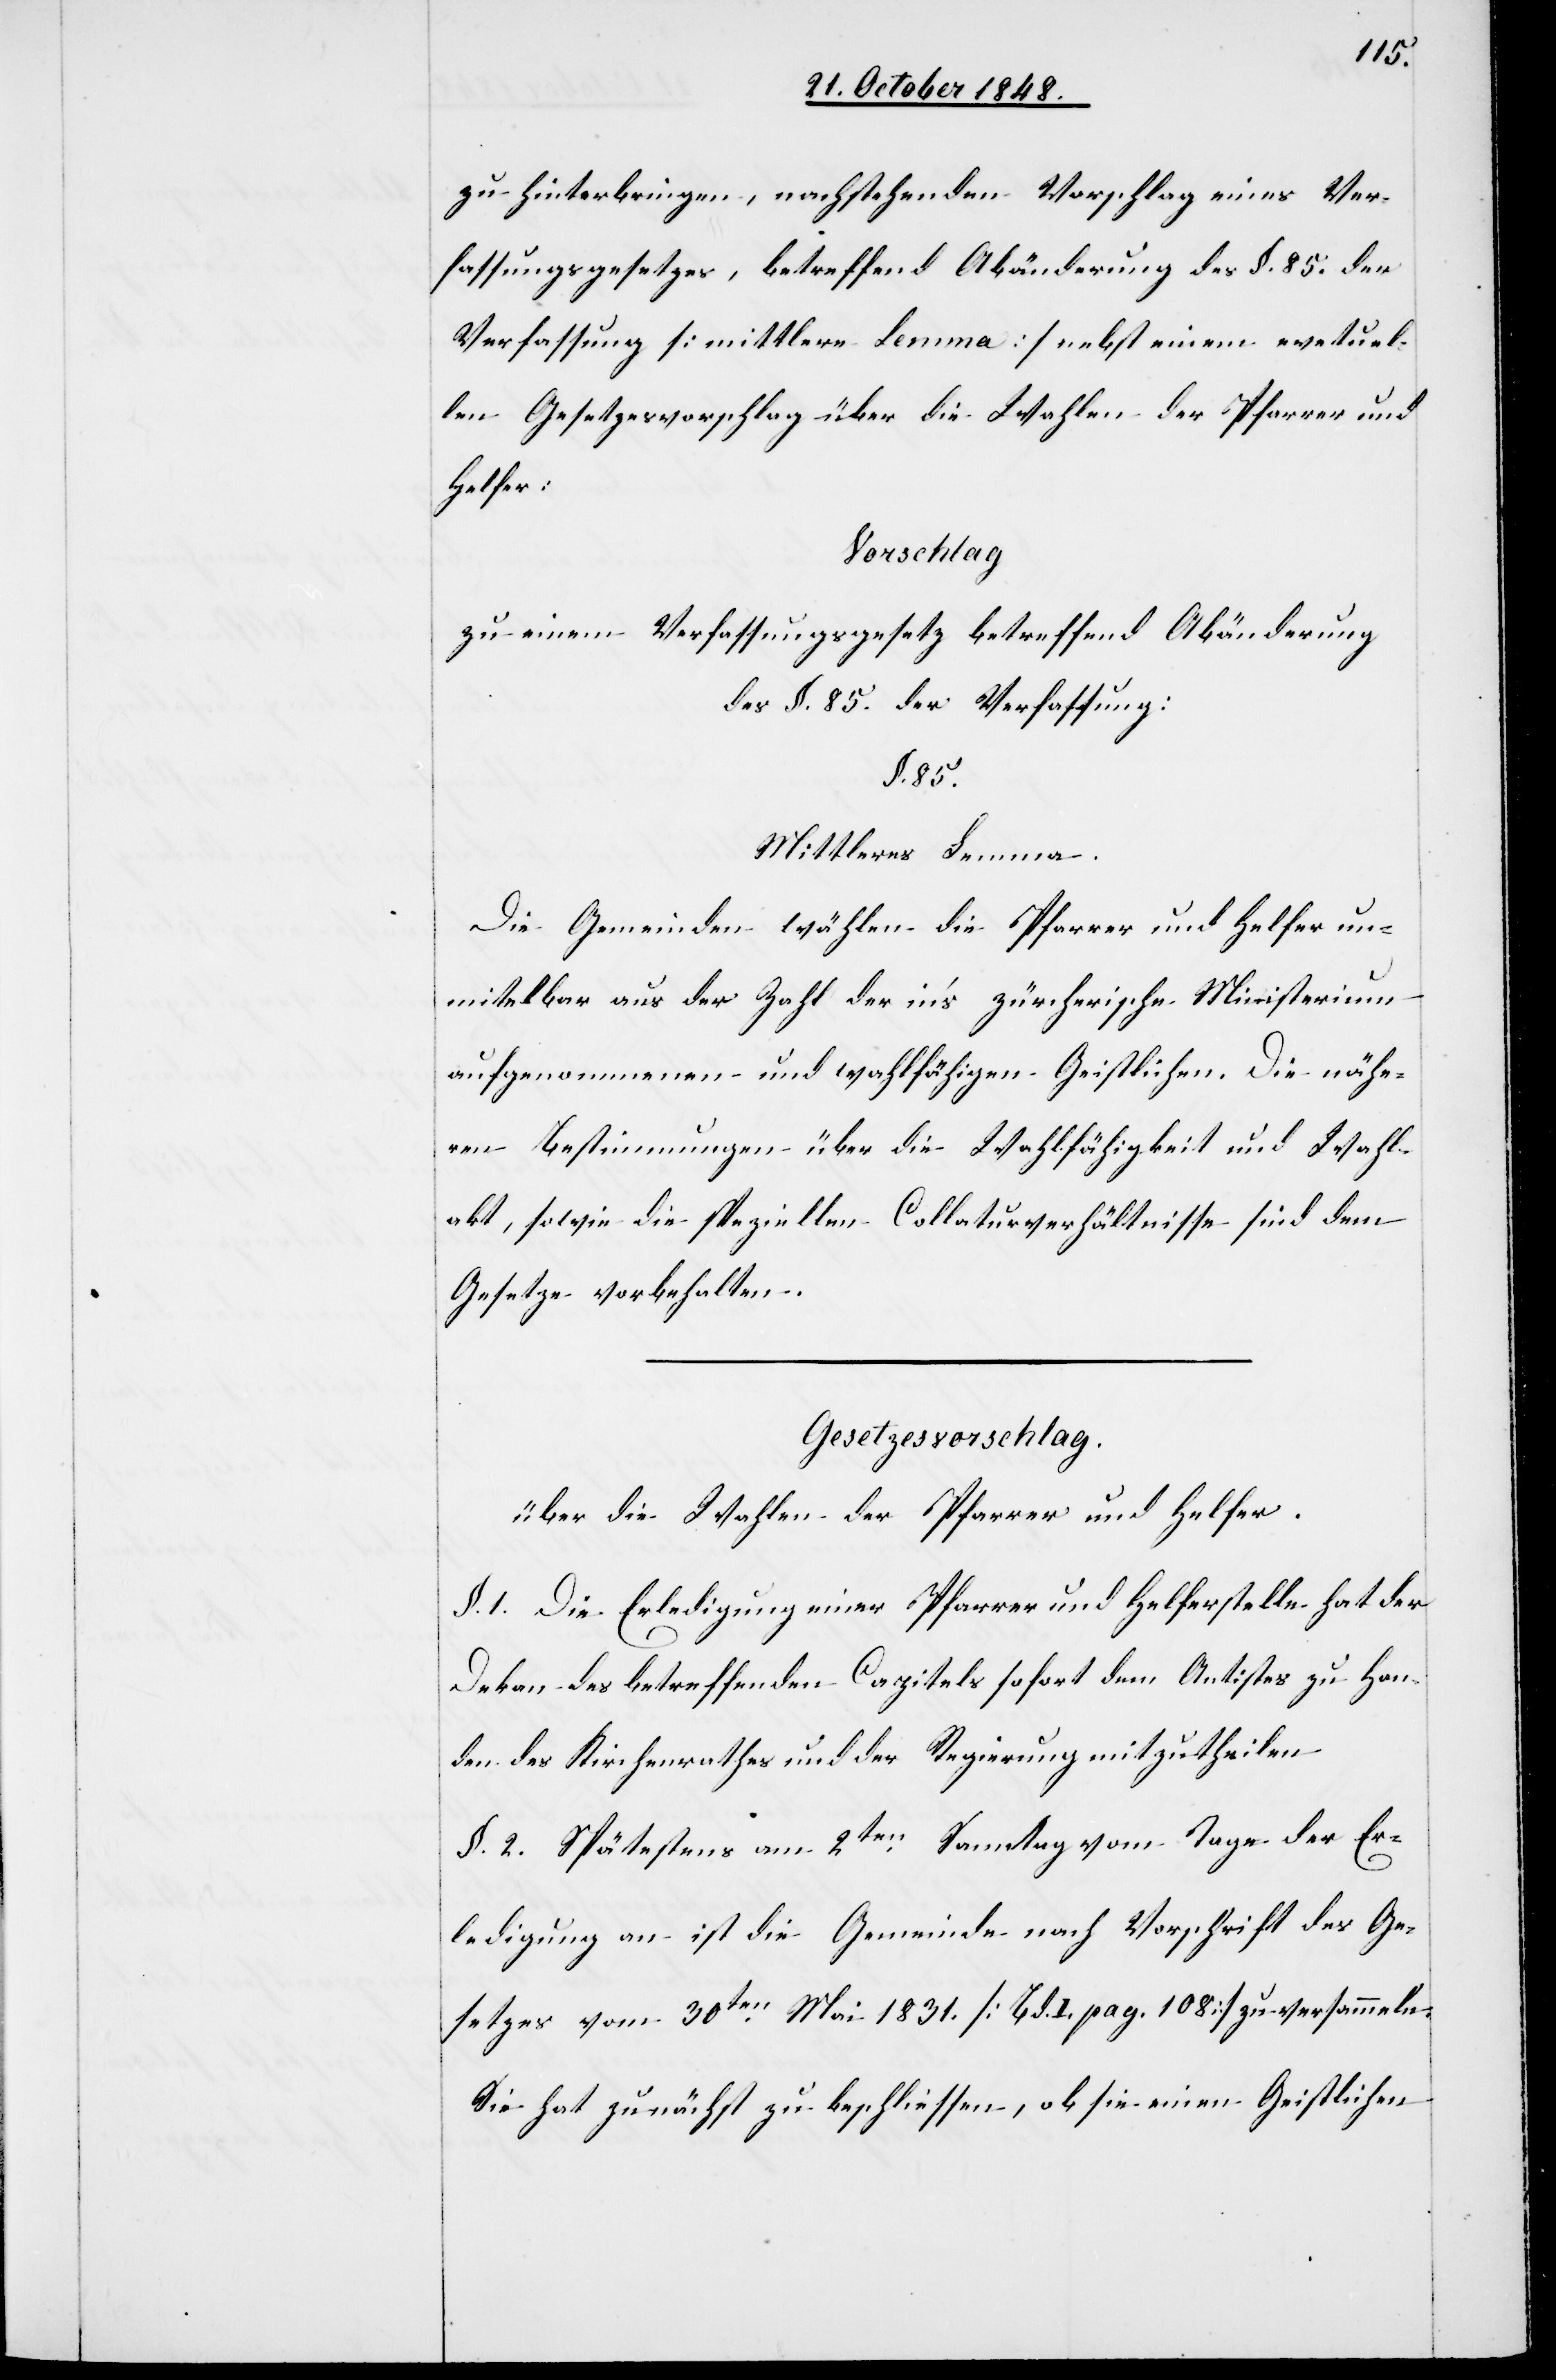
zu hinterbringen, nachstehenden Vorschlag eines Ver¬
fassungsgesetzes, betreffend Abänderung des §. 85. der
Verfassung [mittlere Lemma] nebst einem eve[n]tuel¬
len Gesetzesvorschlag über die Wahlen der Pfarrer und
Helfer.
Vorschlag
zu einem Verfassungsgesetzt betreffend Abänderung
des §. 85. der Verfassung:
§. 85.
Mittleres Lemma.
Die Gemeinden wählen die Pfarrer und Helfer un¬
mitelbar aus der Zahl der in’s zürcherische Ministerium
aufgenommenen und wahlfähigen Geistlichen. Die nähe¬
ren Bestimmungen über die Wahlfähigkeit und Wahl¬
akt, sowie die speziellen Collaturverhältnisse sind dem
Gesetze vorbehalten.
Gesetzesvorschlag.
über die Wahlen der Pfarrer und Helfer.
§. 1. Die Erledigung einer Pfarrer und Helferstelle hat der
Dekan des betreffenden Capitels sofort dem Antistes zu Han¬
den des Kirchenrathes und der Regierung mitzutheilen.
§. 2. Spätestens am 2ten Samstag vom Tage der Er¬
ledigung an ist die Gemeinde nach Vorschrift des Ge¬
setzes vom 30ten Mai 1831. [Bd. I. pag. 108.] zu versammeln.
Sie hat zunächst zu beschließen, ob sie einen Geistlichen